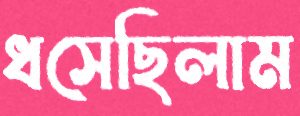
ধসেছিলাম